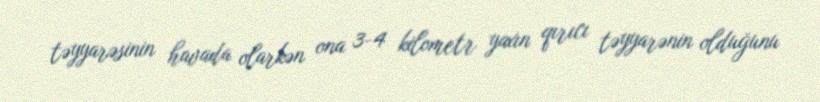
təyyarəsinin havada olarkən ona 3-4 kilometr yaxın qırıcı təyyarənin olduğunu